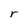
Character: r